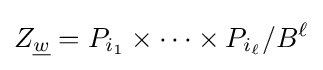
Z_{\underline {w}}=P_{i_{1}}\times \cdots \times P_{i_{\ell }}/B^{\ell }